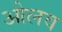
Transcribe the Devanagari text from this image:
ओलव